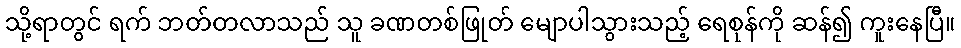
သို့ရာတွင် ရက် ဘတ်တလာသည် သူ ခဏတစ်ဖြုတ် မျောပါသွားသည့် ရေစုန်ကို ဆန်၍ ကူးနေပြီ။